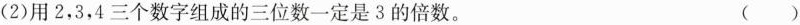
(2)用2，3，4三个数字组成的三位数一定是3的倍数。 ( )